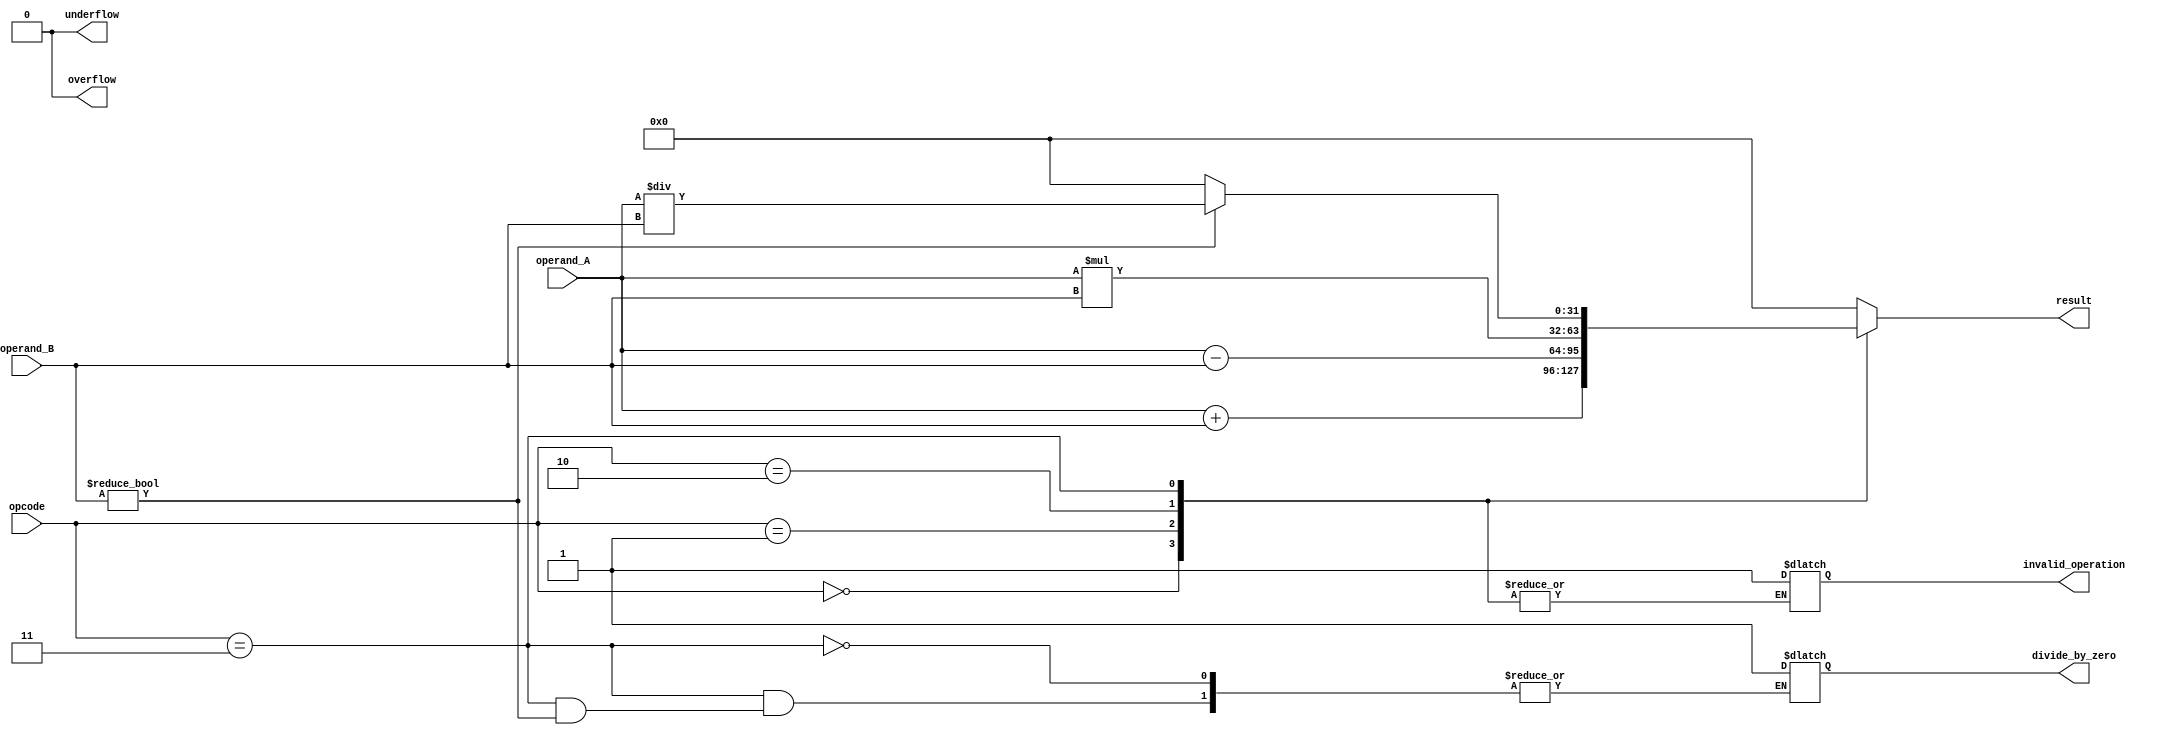
module floating_point_alu (
    input wire [31:0] operand_A,
    input wire [31:0] operand_B,
    input wire [2:0] opcode,
    output wire [31:0] result,
    output wire overflow,
    output wire underflow,
    output wire divide_by_zero,
    output wire invalid_operation
);

reg [31:0] operand_A_reg;
reg [31:0] operand_B_reg;
reg [31:0] result_reg;

always @(*) begin
    operand_A_reg = operand_A;
    operand_B_reg = operand_B;
    
    case(opcode)
        3'b000: result_reg = operand_A_reg + operand_B_reg; // Addition
        3'b001: result_reg = operand_A_reg - operand_B_reg; // Subtraction
        3'b010: result_reg = operand_A_reg * operand_B_reg; // Multiplication
        3'b011: begin // Division
            if(operand_B_reg != 0) 
                result_reg = operand_A_reg / operand_B_reg;
            else begin
                result_reg = 32'h00000000; // Result is set to 0
                divide_by_zero = 1; // Set divide by zero error flag
            end
        end
        default: begin // Invalid operation
            result_reg = 32'h00000000; // Result is set to 0
            invalid_operation = 1; // Set invalid operation error flag
        end
    endcase
end

assign result = result_reg;
assign overflow = 0; // Placeholder for overflow detection
assign underflow = 0; // Placeholder for underflow detection

endmodule